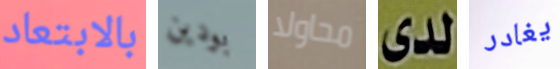
بالابتعاد بودين محاولا لدى يغادر